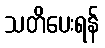
သတိပေးရန်